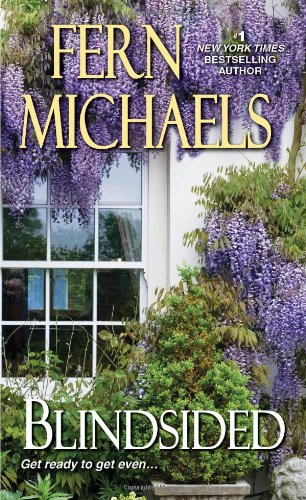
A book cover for Blindsided (Sisterhood); Fern Michaels; Literature & Fiction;